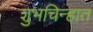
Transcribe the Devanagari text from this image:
शुभचिन्हात